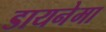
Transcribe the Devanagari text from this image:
डायनेमा